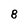
Character: 8